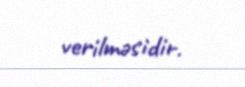
verilməsidir.